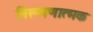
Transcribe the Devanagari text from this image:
निरूपणात्मक